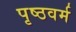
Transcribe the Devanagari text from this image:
पृष्ठवर्म